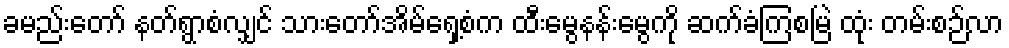
ခမည်းတော် နတ်ရွာစံလျှင် သားတော်အိမ်ရှေ့စံက ထီးမွေနန်းမွေကို ဆက်ခံကြစမြဲ ထုံး တမ်းစဉ်လာ